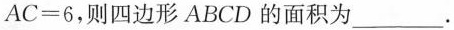
$$A C = 6$$，则四边形ABCD的面积为___.